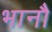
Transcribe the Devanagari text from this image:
भानौ